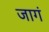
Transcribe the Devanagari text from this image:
जागं